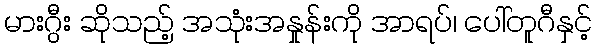
မားဂွီး ဆိုသည့် အသုံးအနှုန်းကို အာရပ်၊ ပေါ်တူဂီနှင့်